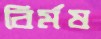
বির্মষ